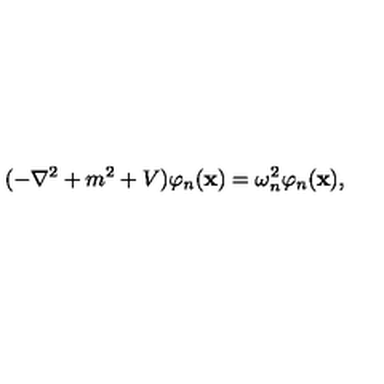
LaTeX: ( - \nabla ^ { 2 } + m ^ { 2 } + V ) \varphi _ { n } ( { \bf x } ) = \omega _ { n } ^ { 2 } \varphi _ { n } ( { \bf x } ) ,